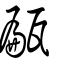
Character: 甂